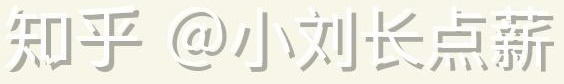
知乎 @小刘长点薪